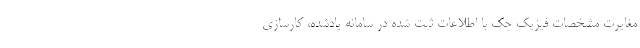
مغایرت مشخصات فیزیک چک با اطلاعات ثبت شده در سامانه یادشده، کارسازی